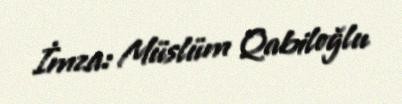
İmza: Müslüm Qabiloğlu